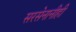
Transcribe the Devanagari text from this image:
सरसेनानीही